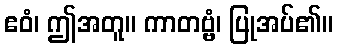
ဧဝံ၊ ဤအတူ။ ကာတဗ္ဗံ၊ ပြုအပ်၏။